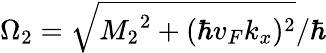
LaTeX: \Omega_{2}=\sqrt{{M_{2}}^{2}+(\hbar v_{F}k_{x})^{2}}/\hbar